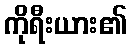
ကိုရီးယား၏